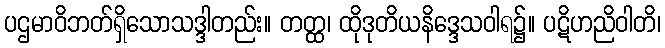
ပဌမာဝိဘတ်ရှိသောသဒ္ဒါတည်း။ တတ္ထ၊ ထိုဒုတိယနိဒ္ဒေသဝါရ၌။ ပဋိဟညိဝါတိ၊